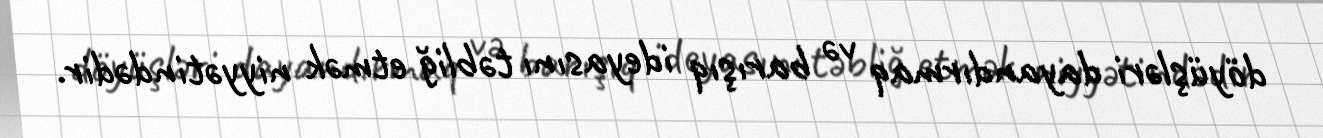
döyüşləri dayandırmaq və barışıq ideyasını təbliğ etmək niyyətindədir.